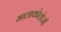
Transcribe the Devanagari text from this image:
मालाकोलोजी